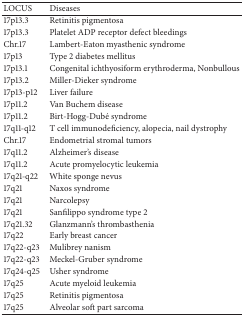
<table><thead><tr><td><b>LOCUS</b></td><td><b>Diseases</b></td></tr></thead><tbody><tr><td>17p13.3</td><td>Retinitis pigmentosa</td></tr><tr><td>17p13.3</td><td>Platelet ADP receptor defect bleedings</td></tr><tr><td>Chr.17</td><td>Lambert-Eaton myasthenic syndrome</td></tr><tr><td>17p13</td><td>Type 2 diabetes mellitus</td></tr><tr><td>17p13.1</td><td>Congenital ichthyosiform erythroderma, Nonbullous</td></tr><tr><td>17p13.2</td><td>Miller-Dieker syndrome</td></tr><tr><td>17p13-p12</td><td>Liver failure</td></tr><tr><td>17p11.2</td><td>Van Buchem disease</td></tr><tr><td>17p11.2</td><td>Birt-Hogg-Dubé syndrome</td></tr><tr><td>17q11-q12</td><td>T cell immunodeficiency, alopecia, nail dystrophy</td></tr><tr><td>Chr.17</td><td>Endometrial stromal tumors</td></tr><tr><td>17q11.2</td><td>Alzheimer&#x27;s disease</td></tr><tr><td>17q11.2</td><td>Acute promyelocytic leukemia</td></tr><tr><td>17q21-q22</td><td>White sponge nevus</td></tr><tr><td>17q21</td><td>Naxos syndrome</td></tr><tr><td>17q21</td><td>Narcolepsy</td></tr><tr><td>17q21</td><td>Sanfilippo syndrome type 2</td></tr><tr><td>17q21.32</td><td>Glanzmann&#x27;s thrombasthenia</td></tr><tr><td>17q22</td><td>Early breast cancer</td></tr><tr><td>17q22-q23</td><td>Mulibrey nanism</td></tr><tr><td>17q22-q23</td><td>Meckel-Gruber syndrome</td></tr><tr><td>17q24-q25</td><td>Usher syndrome</td></tr><tr><td>17q25</td><td>Acute myeloid leukemia</td></tr><tr><td>17q25</td><td>Retinitis pigmentosa</td></tr><tr><td>17q25</td><td>Alveolar soft part sarcoma</td></tr></tbody></table>